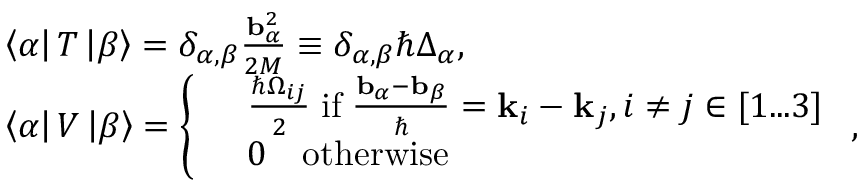
\begin{array} { r l } & { \left\langle \alpha \right| T \left| \beta \right\rangle = \delta _ { \alpha , \beta } \frac { \mathbf { b } _ { \alpha } ^ { 2 } } { 2 M } \equiv \delta _ { \alpha , \beta } \hbar \Delta _ { \alpha } , } \\ & { \left\langle \alpha \right| V \left| \beta \right\rangle = \left\{ \begin{array} { r l } & { \frac { \hbar \Omega _ { i j } } { 2 } \; \mathrm { i f } \; \frac { \mathbf { b } _ { \alpha } - \mathbf { b } _ { \beta } } { \hbar } = \mathbf { k } _ { i } - \mathbf { k } _ { j } , i \neq j \in [ 1 . . . 3 ] } \\ & { 0 \quad \mathrm { o t h e r w i s e } } \end{array} \right. , } \end{array}